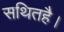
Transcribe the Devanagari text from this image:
सथितहै।